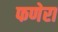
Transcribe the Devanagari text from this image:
फणेरा